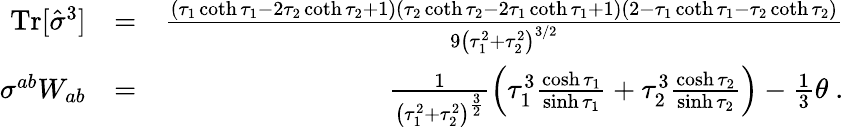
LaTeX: \begin{array}{rlr}{\textrm{Tr}[\hat{\sigma}^{3}]}&{=}&{\frac{(\tau_{1}\coth\tau_{1}-2\tau_{2}\coth\tau_{2}+1)(\tau_{2}\coth\tau_{2}-2\tau_{1}\coth\tau_{1}+1)(2-\tau_{1}\coth\tau_{1}-\tau_{2}\coth\tau_{2})}{9\left(\tau_{1}^{2}+\tau_{2}^{2}\right)^{3/2}}}\\ {\sigma^{ab}W_{ab}}&{=}&{\frac{1}{\left({\tau_{1}^{2}+\tau_{2}^{2}}\right)^{\frac{3}{2}}}\left(\tau_{1}^{3}\frac{\cosh\tau_{1}}{\sinh\tau_{1}}+\tau_{2}^{3}\frac{\cosh\tau_{2}}{\sinh\tau_{2}}\right)-\frac{1}{3}\theta\ .}\end{array}